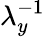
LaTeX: \lambda_{y}^{-1}